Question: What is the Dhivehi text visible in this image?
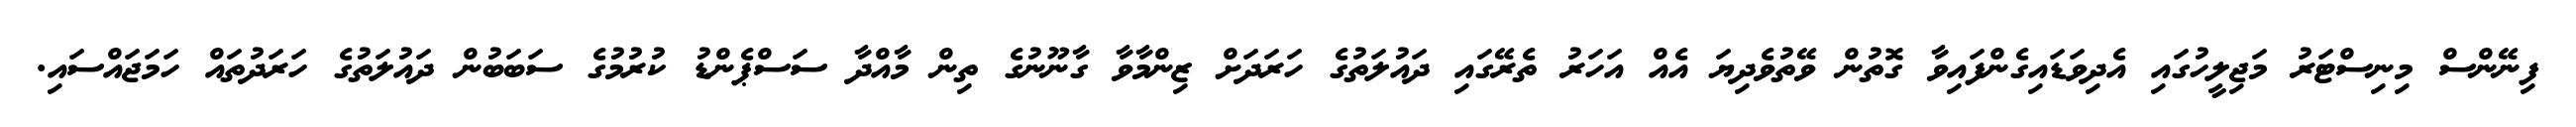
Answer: ފިނޭންސް މިނިސްޓަރު މަޖިލީހުގައި އެދިވަޑައިގެންފައިވާ ގޮތުން ވޭތުވެދިޔަ އެއް އަހަރު ތެރޭގައި ދައުލަތުގެ ހަރަދަށް ޒިންމާވާ ގާނޫނުގެ ތިން މާއްދާ ސަސްޕެންޑު ކުރުމުގެ ސަބަބުން ދައުލަތުގެ ހަރަދުތައް ހަމަޖައްސައި.